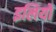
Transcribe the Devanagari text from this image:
इलियो